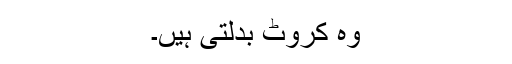
وہ کروٹ بدلتی ہیں۔